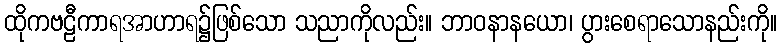
ထိုကဗဠီကာရအာဟာရ၌ဖြစ်သော သညာကိုလည်း။ ဘာဝနာနယော၊ ပွားစေရာသောနည်းကို။